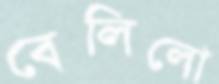
বেলিলো